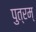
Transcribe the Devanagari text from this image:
पुत्रम्‌